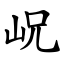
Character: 岲